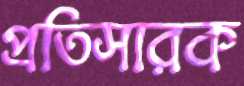
প্রতিসারক